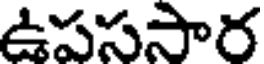
ఉపససార